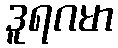
ဒူရဂမာ